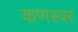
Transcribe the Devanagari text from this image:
कणस्वर